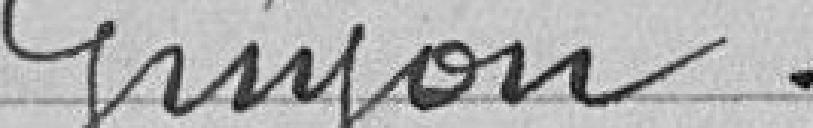
Guyon.